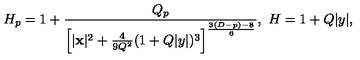
H _ { p } = 1 + { \frac { Q _ { p } } { \left[ | { \bf x } | ^ { 2 } + { \frac { 4 } { 9 Q ^ { 2 } } } ( 1 + Q | y | ) ^ { 3 } \right] ^ { \frac { 3 ( D - p ) - 8 } { 6 } } } } , \ H = 1 + Q | y | ,